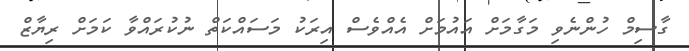
ގާސިމް ހުންނެވި މަގާމަށް އައުމަށް އެއްވެސް އިރަކު މަސައްކަތް ނުކުރައްވާ ކަމަށް ރިޔާޒް